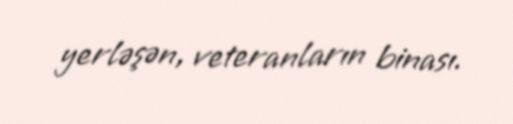
yerləşən, veteranların binası.